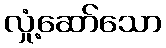
လှုံ့ဆော်သော